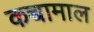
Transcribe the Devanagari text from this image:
कच्चामाल